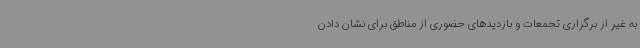
به غیر از برگزاری تجمعات و بازدیدهای حضوری از مناطق برای نشان دادن